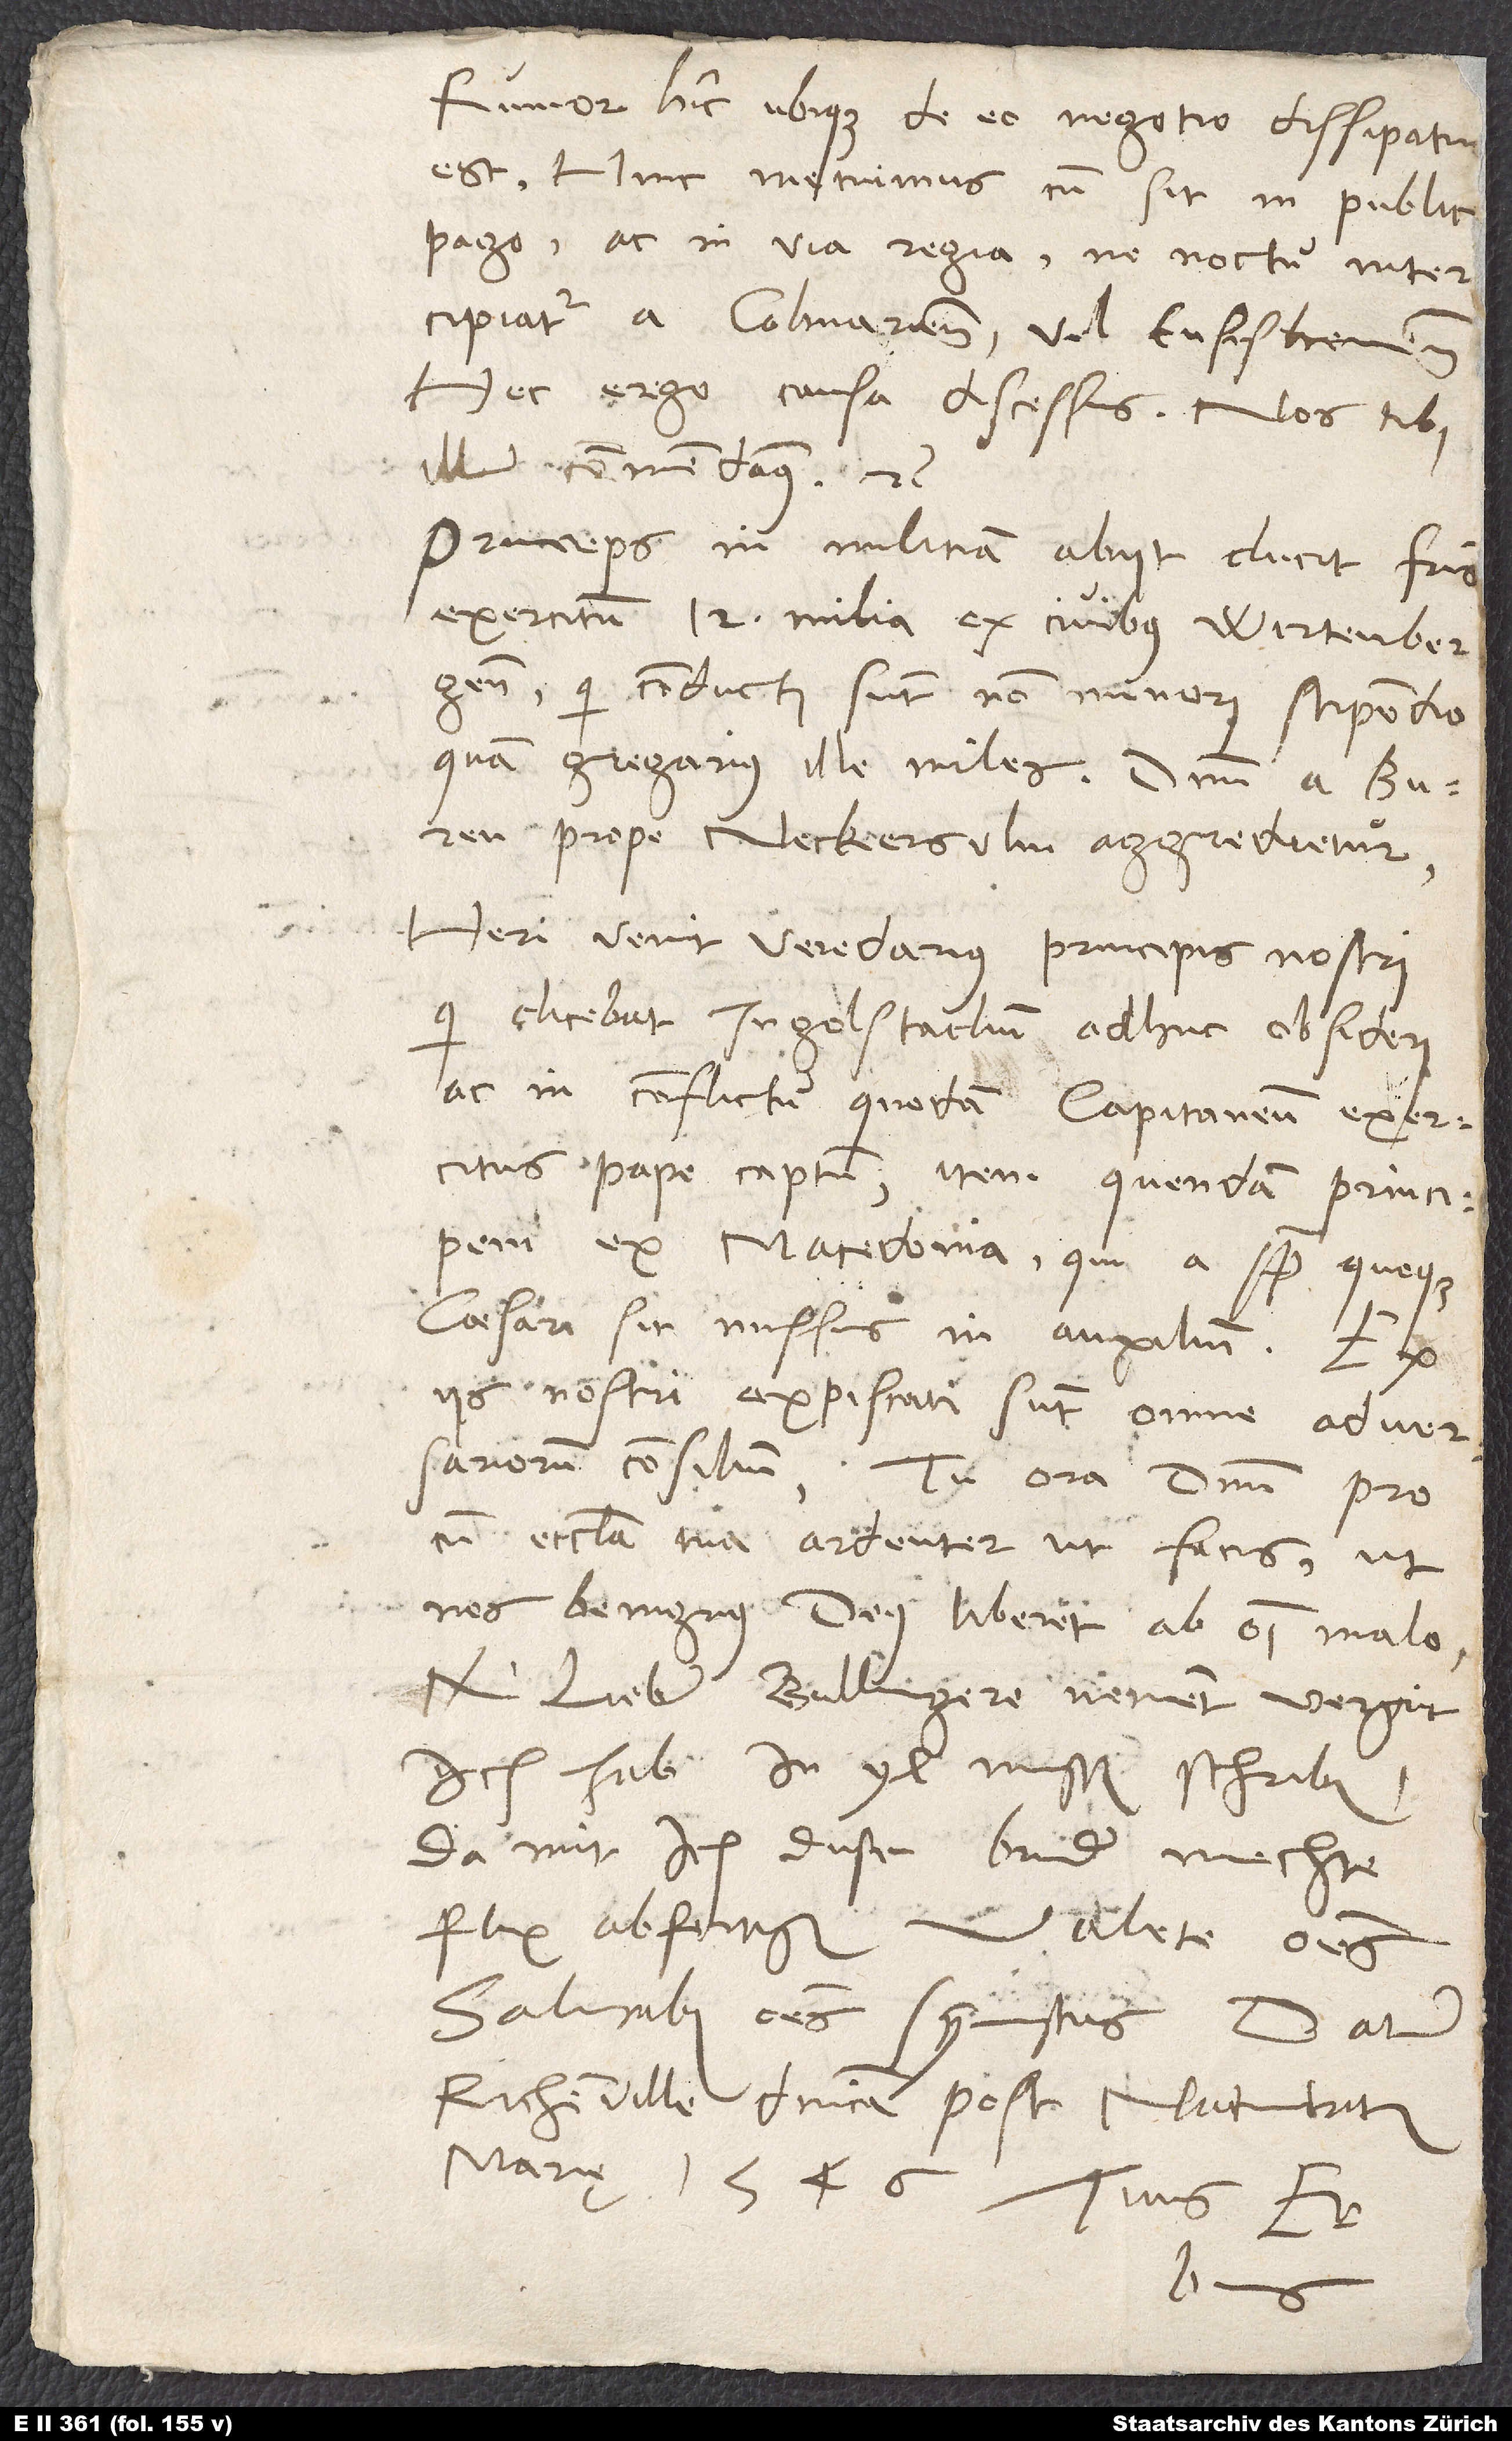
Rumor hic ubique de eo negotio dissipatu
pago ac in via regia, ne noctu intercipiatur
a Colmariensibus vel Ensishemensibus.
Hac ergo causa discessus. Nos tibi
Princeps in militiam abiit. Ducit fratris
exercitum 12 milia ex civibus Wirtenbergensibus,
qui conducti sunt non minori stipendio
quam gregarius ille miles. Dominum a Buren
prope Neckersulm aggredietur.
Heri venit veredarius principis nostri,
qui dicebat Ingolstadium adhuc obsideri,
ac in conflictu quodam capitaneum exercitus
pape captum, item quendam principem
ex Macedonia, qui a papa quoque
caesari sit missus in auxilium. Ex
iis nostri expiscati sunt omne adversariorum
consilium. Tu ora dominum pro
cum ecclesia tua ardenter, ut facis, ut
nos benignus deus liberet ab omni malo.
Min lieber Bullingere, nement vergut.
Ich hab in yl mussen schriben,
damit ich diesen bruder mechte
flux abfertigen.
Valete omnes.
Salutabis omnes symmystas. Datum
Richenville, dominica post nativitatem
Marię 1546. Tuus